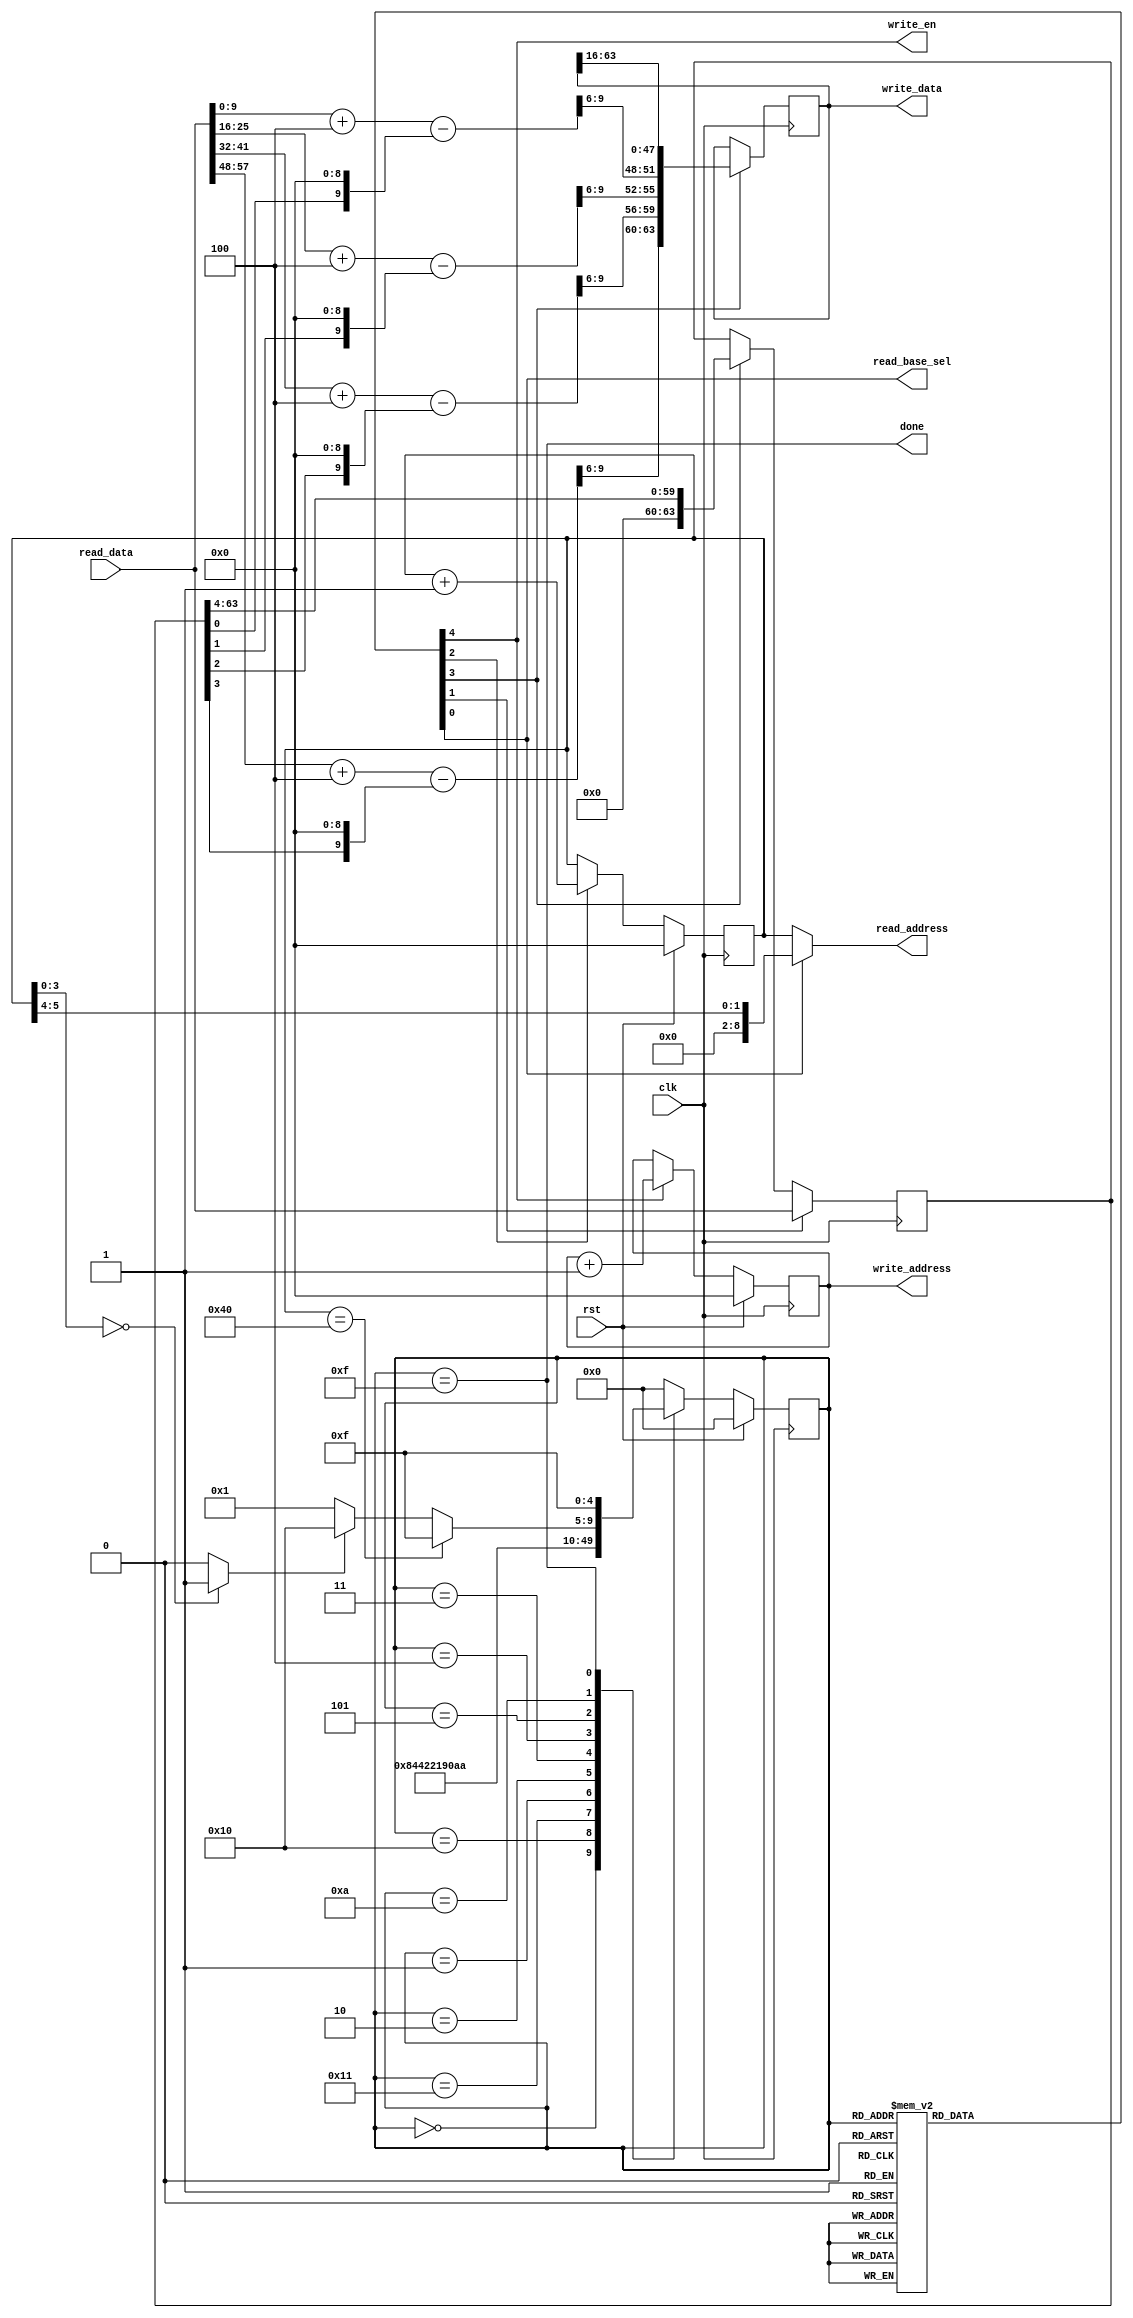
`timescale 1ns / 1ps

//////////////////////////////////////////////////////////////////////////////////

// High-speed instruction set coprocessor architecture for lattice-based cryptography. 
// Saber is implemented as a case study.
// The designers are Sujoy Sinha Roy and Andrea Basso. 

// Implementation by the designers, hereby denoted as "the implementer".

// To the extent possible under law, the implementer has waived all copyright
// and related or neighboring rights to the source code in this file.
// http://creativecommons.org/publicdomain/zero/1.0/

// The codes are for academic research use only and does not come with any support or any responsibility.

//////////////////////////////////////////////////////////////////////////////////


/*
	//addition of h1 to vprime
	for(i=0;i<SABER_N;i++)
		vprime[i]=vprime[i]+h1;

	// unpack message_received;
	for(j=0; j<SABER_KEYBYTES; j++)
	{
		for(i=0; i<8; i++)
		{
			message[8*j+i] = ((message_received[j]>>i) & 0x01);
		}
	}

	// message encoding
	for(i=0; i<SABER_N; i++)
	{
		//message[i] = (message[i]<<9);
		message[i] = (message[i]<<(SABER_EP-1));		
	}

	for(k=0;k<SABER_N;k++)
	{
		vprime[k]=( (vprime[k] - message[k]) & (mod_p) )>>(SABER_EP-SABER_ET);
	}
	
	SABER_pack_4bit(msk_c, vprime);
*/

`define h1 10'd4

module Add_m_pack(clk, rst, read_base_sel, read_address, read_data,
									write_address, write_data, write_en,
									done);
input clk, rst;
output read_base_sel;	// used to select either vprime or message; 1-->message
output [8:0] read_address;
input [63:0] read_data;

output reg [8:0] write_address;
output [63:0] write_data;
output write_en;
output done;

reg inc_write_address, inc_vprime_address, buffer16_en, buffer64_en;

reg [8:0] vprime_address;
reg [63:0] message_buffer;
reg load_message, read_base_sel;
wire [1:0] message_address = vprime_address[5:4];
wire message_load_needed = (vprime_address[3:0]==4'd0) ? 1'b1 : 1'b0;

assign read_address = (read_base_sel==1'b0) ? vprime_address : {7'd0, message_address};

always @(posedge clk)
begin
	if(load_message)
		message_buffer <= read_data;
	else if(buffer16_en)
		message_buffer <= {4'd0, message_buffer[63:4]};
	else	
		message_buffer <= message_buffer;
end		

//vprime[k] + h1 - (message[i]<<9)		
wire [9:0] add0 = read_data[9:0] + `h1 - {message_buffer[0],9'd0};
wire [9:0] add1 = read_data[25:16] + `h1 - {message_buffer[1],9'd0};
wire [9:0] add2 = read_data[41:32] + `h1 - {message_buffer[2],9'd0};
wire [9:0] add3 = read_data[57:48] + `h1 - {message_buffer[3],9'd0};

// add >> 6
wire [15:0] round_p_value = {add3[9:6], add2[9:6], add1[9:6], add0[9:6]};

reg [63:0] buffer;

always @(posedge clk)
begin
	if(buffer16_en)
		buffer <= {round_p_value, buffer[63:16]};
end

assign write_data = buffer[63:0];
assign write_en = inc_write_address;

always @(posedge clk)
begin
	if(rst)
		vprime_address <= 9'd0;
	else if(inc_vprime_address)
		vprime_address <= vprime_address + 1'b1;
end
wire vprime_address_64 = (vprime_address==9'd64);

always @(posedge clk)
begin
	if(rst)
		write_address <= 9'd0;
	else if(inc_write_address)
		write_address <= write_address + 1'b1;
end

reg [4:0] state, nextstate;

always @(posedge clk)
begin
	if(rst)
		state <= 5'd0;
	else
		state <= nextstate;
end		

always @(state)
begin
	case(state)
	5'd0: begin read_base_sel<=0; load_message<=0; inc_vprime_address<=0; buffer16_en<=0; inc_write_address<=0; end

	// Set message address for BRAM
	5'd16: begin read_base_sel<=1; load_message<=0; inc_vprime_address<=0; buffer16_en<=0; inc_write_address<=0; end
	// Store message 64 bits in message_buffer
	5'd17: begin read_base_sel<=0; load_message<=1; inc_vprime_address<=0; buffer16_en<=0; inc_write_address<=0; end
	
	// Read four 10 bit coeff, add h1, subtract m, take top 4 bits, write 16 bit in buffer; fill buffer
	5'd1: begin read_base_sel<=0; load_message<=0; inc_vprime_address<=1; buffer16_en<=0; inc_write_address<=0; end
	5'd2: begin read_base_sel<=0; load_message<=0; inc_vprime_address<=1; buffer16_en<=1; inc_write_address<=0; end
	5'd3: begin read_base_sel<=0; load_message<=0; inc_vprime_address<=1; buffer16_en<=1; inc_write_address<=0; end
	5'd4: begin read_base_sel<=0; load_message<=0; inc_vprime_address<=1; buffer16_en<=1; inc_write_address<=0; end
	5'd5: begin read_base_sel<=0; load_message<=0; inc_vprime_address<=0; buffer16_en<=1; inc_write_address<=0; end
	
	// Read 64 bit chunks from buffer and write it
	5'd10: begin read_base_sel<=0; load_message<=0; inc_vprime_address<=0; buffer16_en<=0; inc_write_address<=1; end	

	5'd15: begin read_base_sel<=0; load_message<=0; inc_vprime_address<=0; buffer16_en<=0; inc_write_address<=0; end		
	default: begin read_base_sel<=0; load_message<=0; inc_vprime_address<=0; buffer16_en<=0; inc_write_address<=0; end		
	endcase
end

always @(state or vprime_address_64 or message_load_needed)
begin
	case(state)
	5'd0: nextstate <= 5'd16;

	5'd16: nextstate <= 5'd17;
	5'd17: nextstate <= 5'd1;
	
	5'd1: nextstate <= 5'd2;
	5'd2: nextstate <= 5'd3;
	5'd3: nextstate <= 5'd4;
	5'd4: nextstate <= 5'd5;
	5'd5: nextstate <= 5'd10;

	5'd10: begin
				if(vprime_address_64)
					nextstate <= 5'd15;
				else if(message_load_needed)
					nextstate <= 5'd16;
				else
					nextstate <= 5'd1;
			end			
	5'd15: nextstate <= 5'd15;
	default: nextstate <= 5'd0;
	endcase
end

assign done = (state==5'd15);
	
endmodule